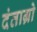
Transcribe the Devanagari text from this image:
दंताग्रो